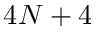
4 N + 4